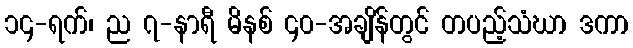
၁၄-ရက်၊ ည ၇-နာရီ မိနစ် ၄၀-အချိန်တွင် တပည့်သံဃာ ဒကာ